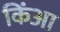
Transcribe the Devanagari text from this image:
किंआ